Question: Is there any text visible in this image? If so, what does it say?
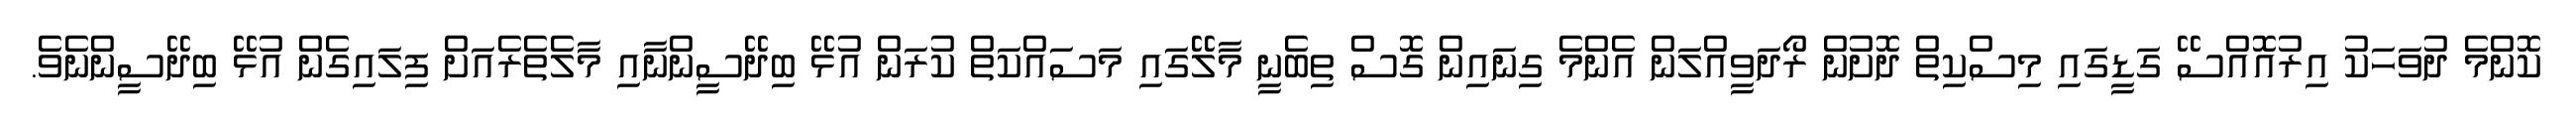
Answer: ކޮންމެ ދުވަހަކު އިރުއޮއްސޭ ގަޑީގައި މިސްކިތް ދޮށުން ރޯދަވީއްލަން އެންމެ ގިނައިން ގޮސް ތިބެނީ މާލޭގައި މަސައްކަތް ކުރަން އުޅޭ ބިދޭސީންނާއި މާލެތެރެއަށް ފިލައިގެން އުޅޭ ބިދޭސީންނެވެ.